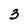
Character: 3